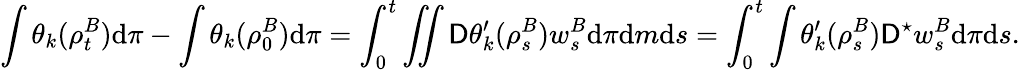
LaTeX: \int\theta_{k}(\rho_{t}^{B})\mathrm{d}\pi-\int\theta_{k}(\rho_{0}^{B})\mathrm{d}\pi=\int_{0}^{t}\iint\mathsf{D}\theta_{k}^{\prime}(\rho_{s}^{B})w_{s}^{B}\mathrm{d}\pi\mathrm{d}m\mathrm{d}s=\int_{0}^{t}\int\theta_{k}^{\prime}(\rho_{s}^{B})\mathsf{D}^{\star}w_{s}^{B}\mathrm{d}\pi\mathrm{d}s.